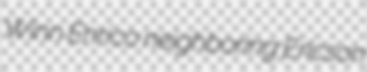
Winn Enrico neighboring Ericson